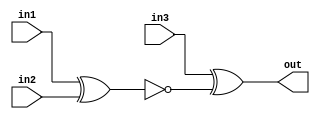
module top_module (
    input in1,
    input in2,
    input in3,
    output out);
    wire x;
    xnor(x,in1,in2);
    xor(out,in3,x);

endmodule